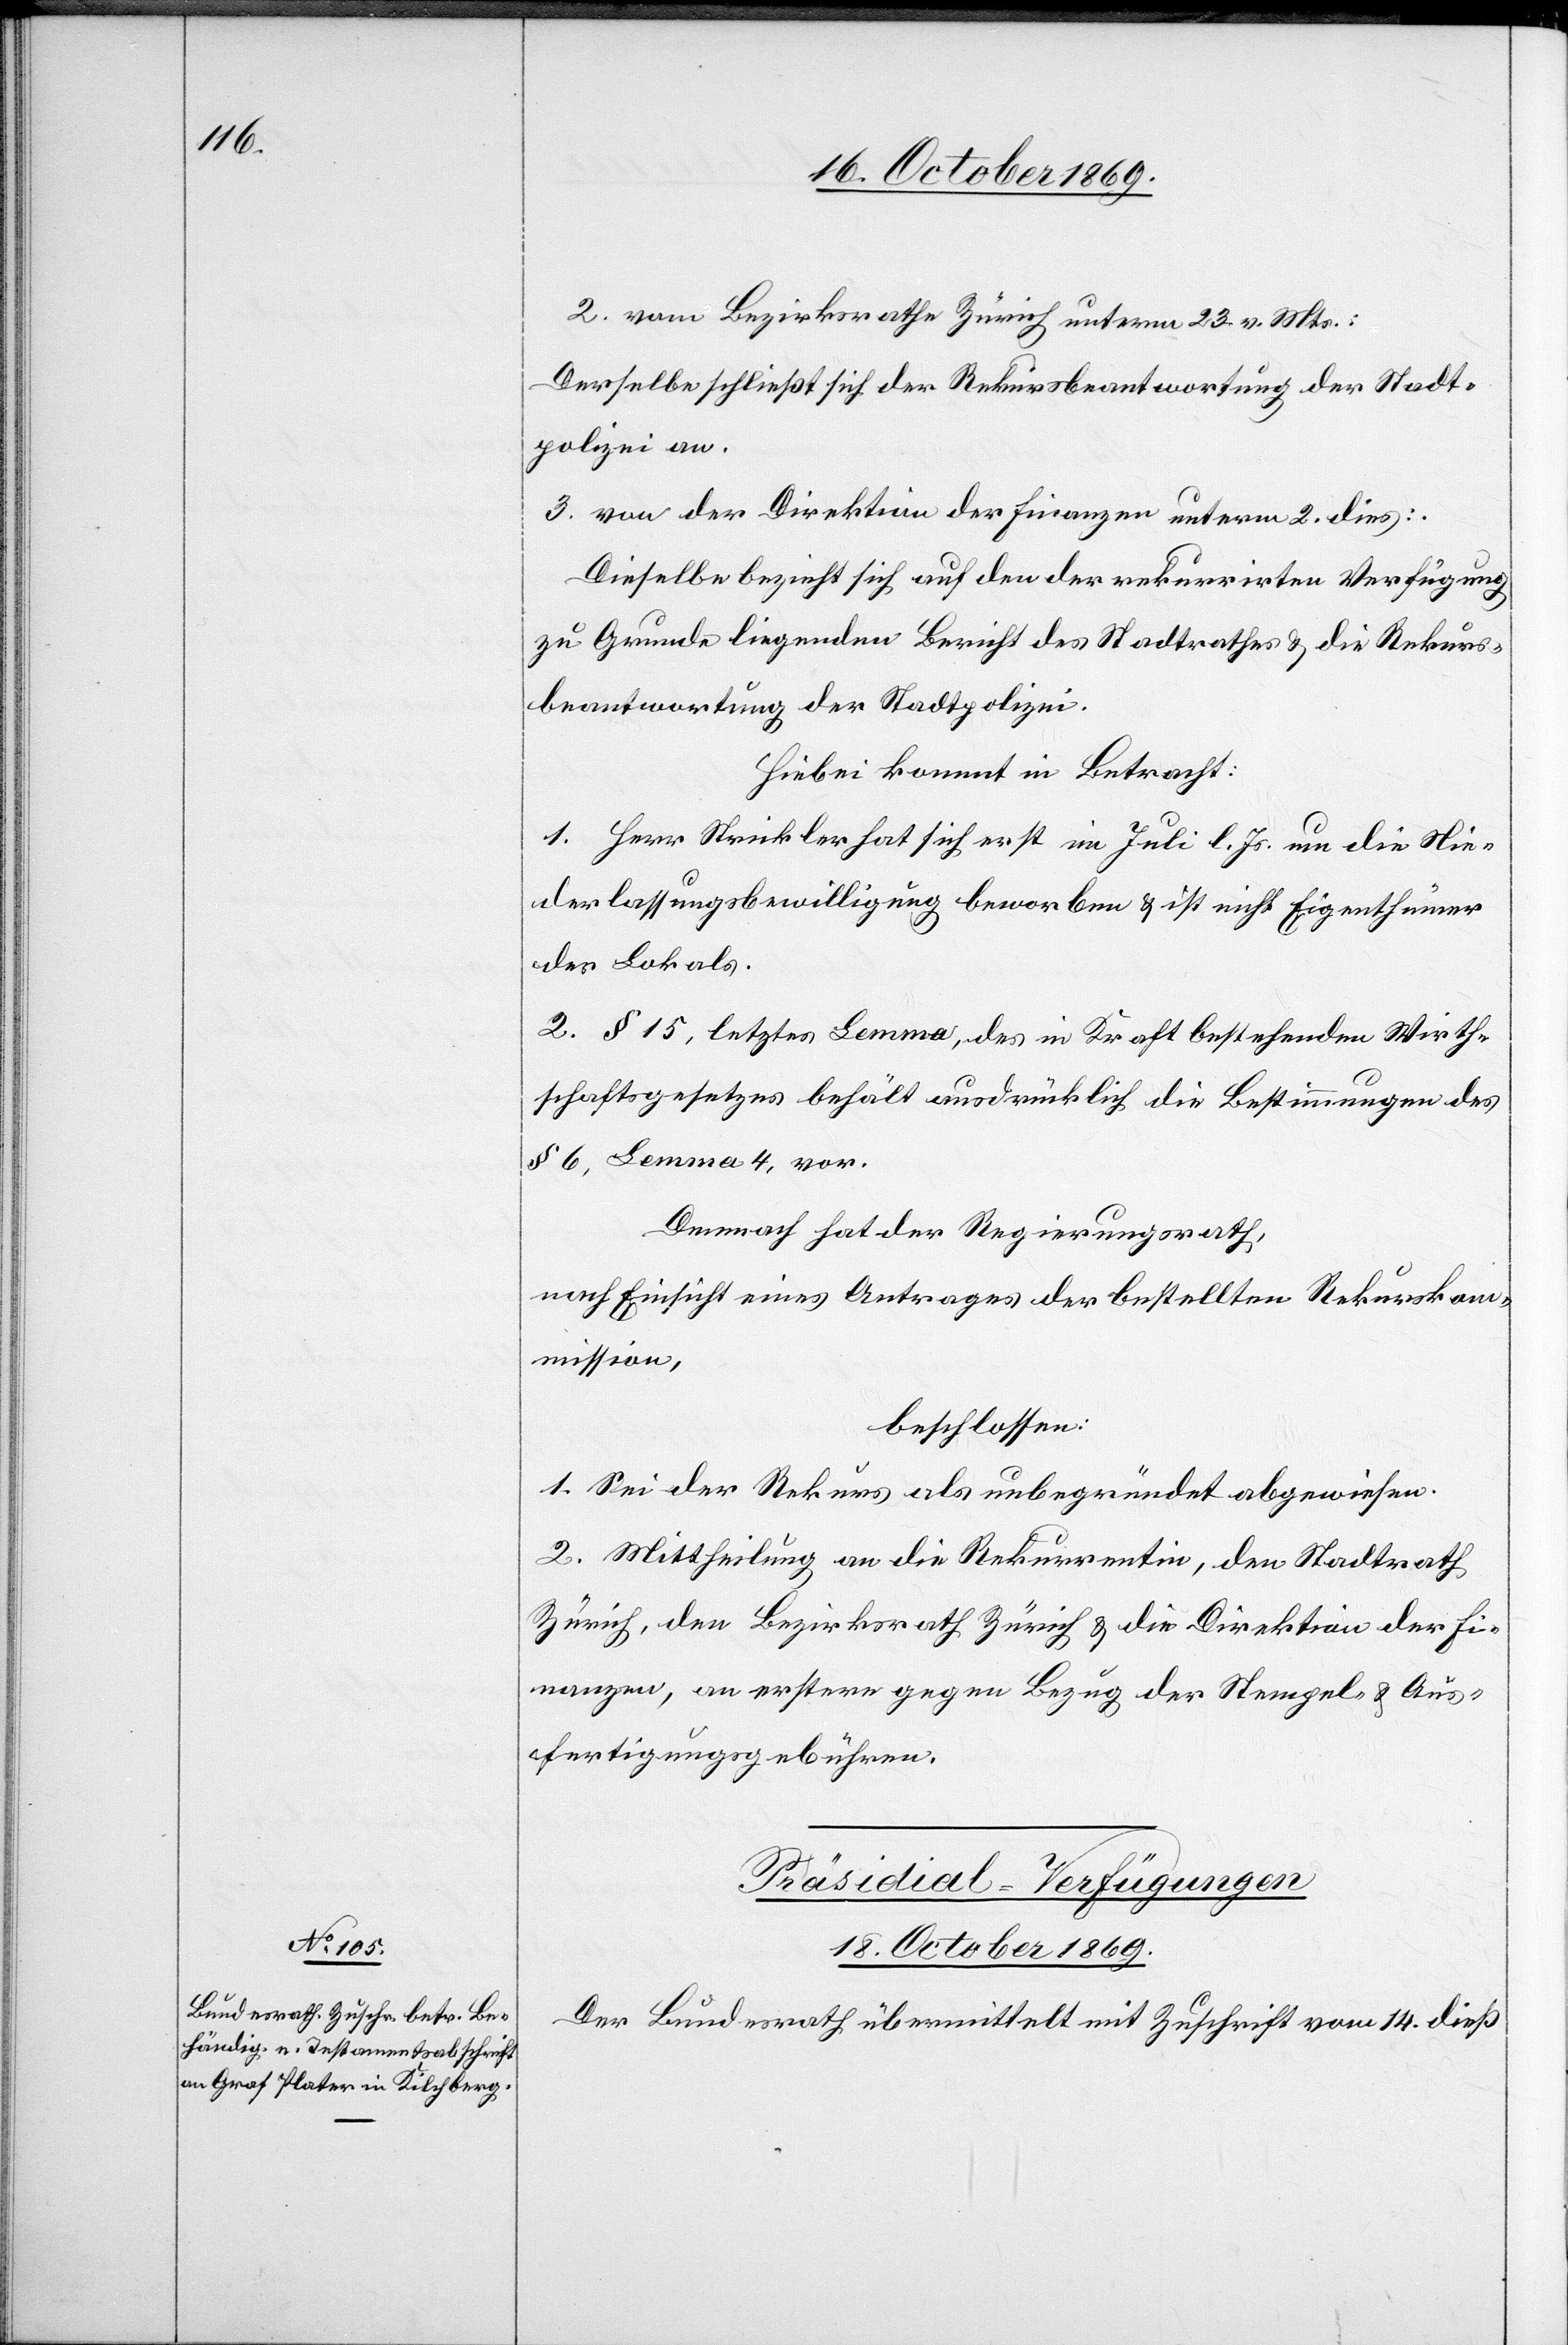
2. vom Bezirksrathe Zürich unterm 23. v. Mts.:
Derselbe schließt sich der Rekursbeantwortung der Stadt¬
polizei an.
3. von der Direktion der Finanzen unterm 2. dies:
Dieselbe bezieht sich auf den der rekurrirten Verfügung
zu Grunde liegenden Bericht des Stadtrathes & die Rekurs¬
beantwortung der Stadtpolizei.
Hiebei kommt in Betracht:
1. Herr Strickler hat sich erst im Juli l. Js. um die Nie¬
derlassungsbewilligung beworben & ist nicht Eigenthümer
des Lokals.
2. § 15, letztes Lemma, des in Kraft bestehenden Wirth¬
schaftsgesetzes behält ausdrücklich die Bestimmungen des
§ 6, Lemma 4, vor.
Demnach hat der Regierungsrath,
nach Einsicht eines Antrages der bestellten Rekurskom¬
mission,
beschlossen:
1. Sei der Rekurs als unbegründet abgewiesen.
2. Mittheilung an die Rekurrentin, den Stadtrath
Zürich, den Bezirksrath Zürich & die Direktion der Fi¬
nanzen, an erstere gegen Bezug der Stempel- & Aus¬
fertigungsgebühren.
Präsidial-Verfügungen
18. October 1869.
Der Bundesrath übermittelt mit Zuschrift vom 14. dieß